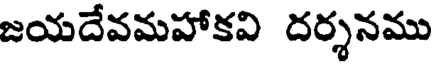
జయదేవమహాకవి దర్శనము